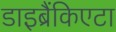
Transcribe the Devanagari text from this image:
डाइब्रैंकिएटा